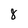
Character: 8